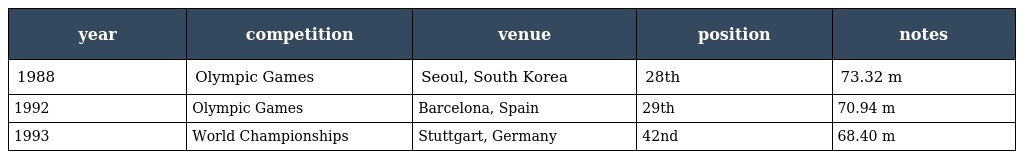
| year | competition | venue | position | notes |
 | --- | --- | --- | --- | --- |
 | 1988 | Olympic Games | Seoul, South Korea | 28th | 73.32 m |
 | 1992 | Olympic Games | Barcelona, Spain | 29th | 70.94 m |
 | 1993 | World Championships | Stuttgart, Germany | 42nd | 68.40 m |